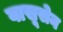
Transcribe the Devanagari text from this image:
वासूसेन